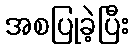
အစပြုခဲ့ပြီး